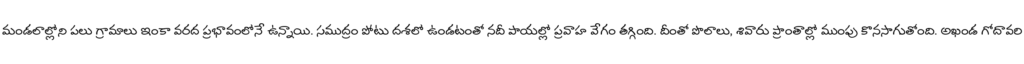
మండలాల్లోని పలు గ్రామాలు ఇంకా వరద ప్రభావంలోనే ఉన్నాయి. సముద్రం పోటు దశలో ఉండటంతో నదీ పాయల్లో ప్రవాహ వేగం తగ్గింది. దీంతో పొలాలు, శివారు ప్రాంతాల్లో ముంపు కొనసాగుతోంది. అఖండ గోదావరి